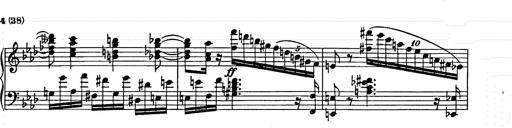
Title: Weinen, Klagen, Sorgen, Zagen
Composer: Franz Liszt